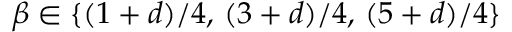
\beta \in \{ ( 1 + d ) / 4 , \, ( 3 + d ) / 4 , \, ( 5 + d ) / 4 \}